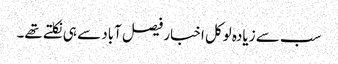
سب سے زیادہ لوکل اخبار فیصل آباد سے ہی نکلتے تھے۔